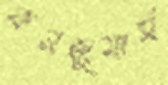
কনজুমার্স